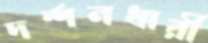
দর্শনধারী